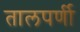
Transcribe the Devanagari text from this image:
तालपर्णी